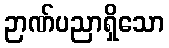
ဉာဏ်ပညာရှိသော